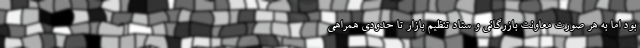
بود اما به هر صورت معاونت بازرگانی و ستاد تنظیم بازار تا حدودی همراهی